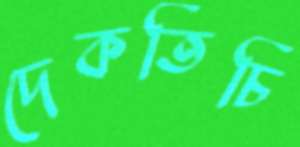
দেকতিচি